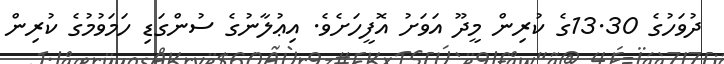
ދުވަހުގެ 13.30ގެ ކުރިން މީދޫ އަވަށު އޮފީހަށެވެ. އިޢުލާނުގެ ސުންގަޑި ހަމަވުމުގެ ކުރިން